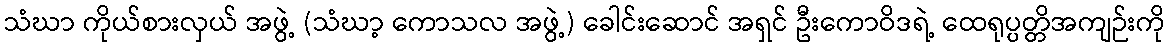
သံဃာ ကိုယ်စားလှယ် အဖွဲ့ (သံဃာ့ ကောသလ အဖွဲ့) ခေါင်းဆောင် အရှင် ဦးကောဝိဒရဲ့ ထေရုပ္ပတ္တိအကျဉ်းကို